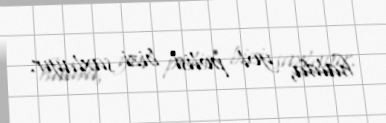
halda, yol polisi bizi saxlayır.